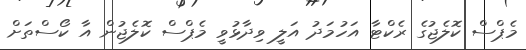
މެޕްސް ކޮލެޖުގެ ރެކްޓާ އަހުމަދު އަލީ ވިދާޅުވީ މެޕްސް ކޮލެޖުން އާ ކޯސްތަށް